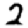
Digit: 2